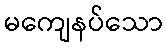
မကျေနပ်သော